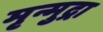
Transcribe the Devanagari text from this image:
मृन्मुद्रा